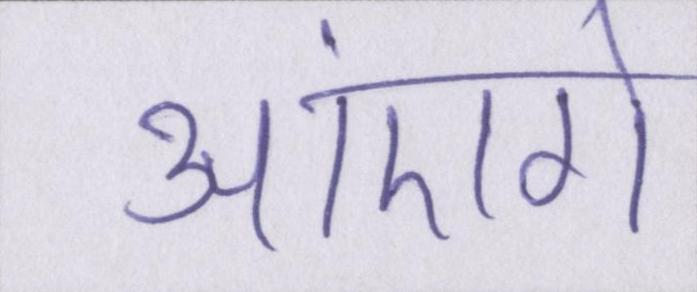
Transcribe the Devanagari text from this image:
आएंगे